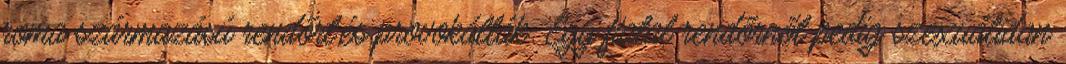
roma származású rendőrt,és provokálták. Egy fiatal rendőrnőt pedig szexuálidan